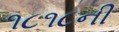
૧૮૧૮ની